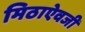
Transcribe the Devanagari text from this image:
मिठाऐवजी